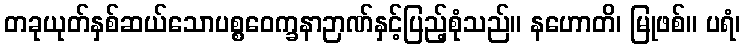
တခုယုတ်နှစ်ဆယ်သောပစ္စဝေက္ခနာဉာဏ်နှင့်ပြည့်စုံသည်။ နဟောတိ၊ မြုဖစ်။ ပရံ၊